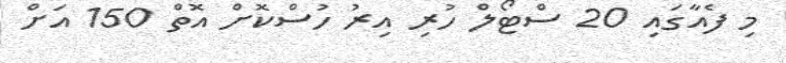
މި ފެއާގައި 20 ސްޓޯލް ހުރި އިރު ހުސްކޮށް އޮތް 150 އަށް